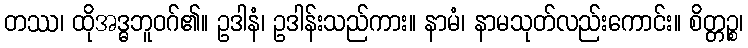
တဿ၊ ထိုအဒ္ဓဘူဝဂ်၏။ ဥဒါနံ၊ ဥဒါန်းသည်ကား။ နာမံ၊ နာမသုတ်လည်းကောင်း။ စိတ္တဉ္စ၊